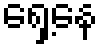
ရှေ့နေ